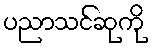
ပညာသင်ဆုကို